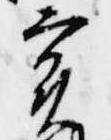
実